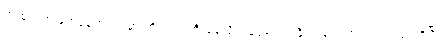
အထွတ်အမြတ်နေရာတွေမှာ ကိုယ်လုံးတီးနေလို့ ပြန်ပို့ခံရတဲ့ နိုင်ငံခြားသားတွေလည်း ရှိပြီး